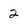
Character: 2